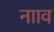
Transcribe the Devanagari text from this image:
नााव